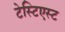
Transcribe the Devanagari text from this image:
टेस्टिएस्ट